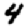
Digit: 4